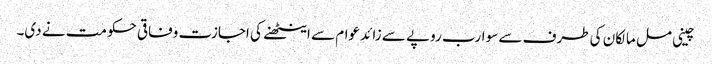
چینی مل مالکان کی طرف سے سو ارب روپے سے زائد عوام سے اینٹھنے کی اجازت وفاقی حکومت نے دی۔